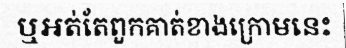
ឬអត់តែពួកគាត់ខាងក្រោមនេះ